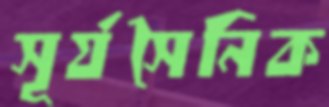
সূর্যসৈনিক